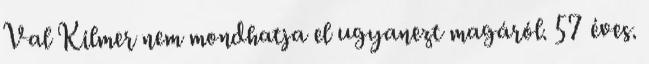
Val Kilmer nem mondhatja el ugyanezt magáról. 57 éves.